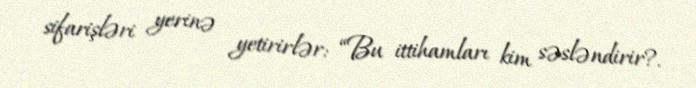
sifarişləri yerinə yetirirlər: “Bu ittihamları kim səsləndirir?.